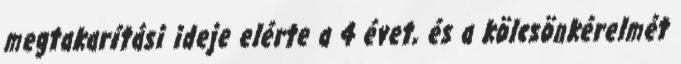
megtakarítási ideje elérte a 4 évet, és a kölcsönkérelmét